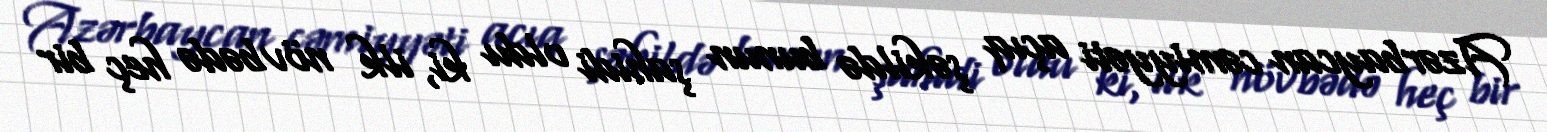
Azərbaycan cəmiyyəti açıq şəkildə bunun şahidi oldu ki, ilk növbədə heç bir